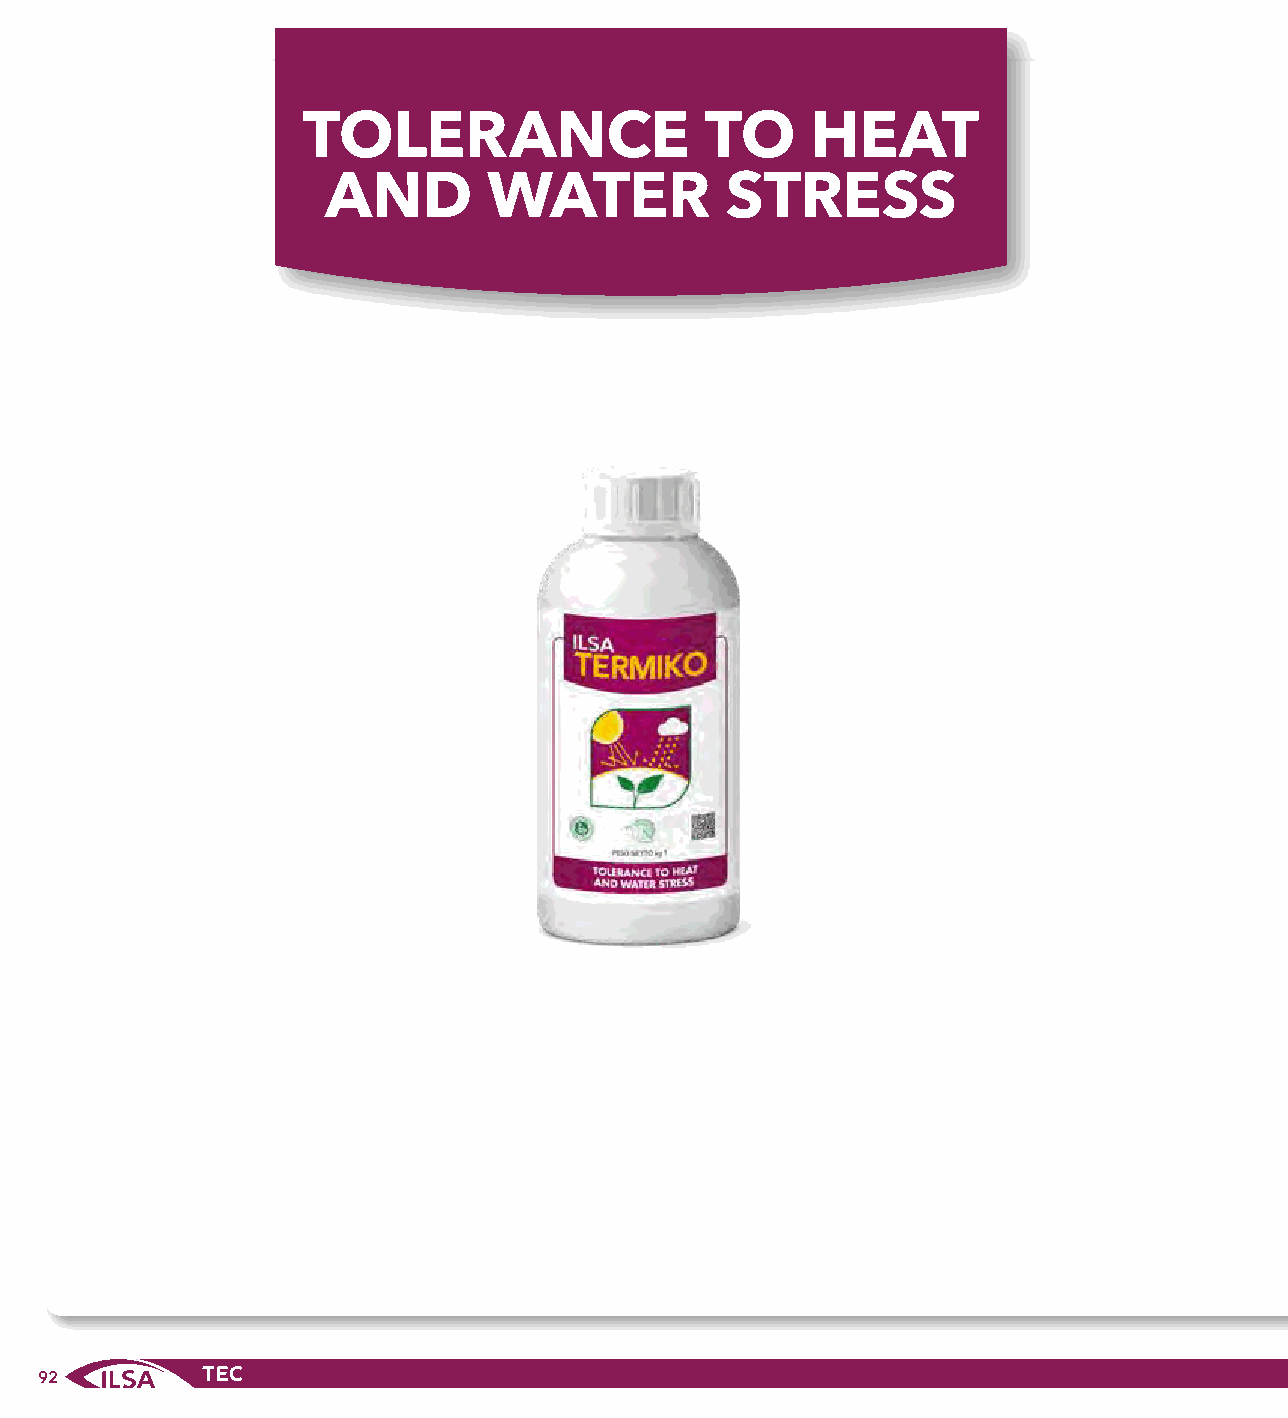
TOLERANCE                  TO     HEAT
 AND       WATER           STRESS
 92